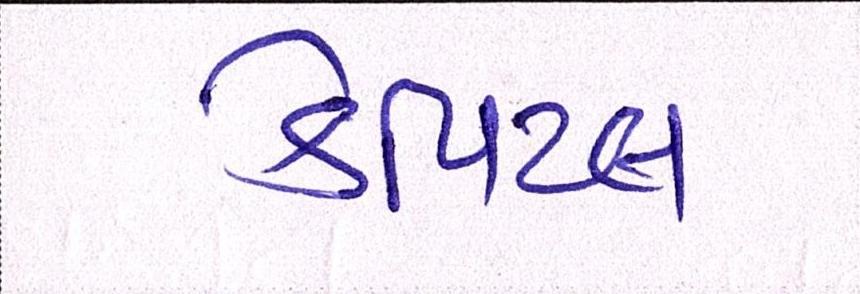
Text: કેપિટલ